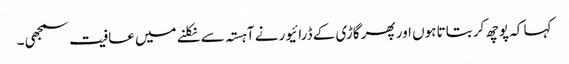
کہا کہ پوچھ کر بتاتا ہوں اور پھر گاڑی کے ڈرائیور نے آہستہ سے نکلنے میں عافیت سمجھی ۔